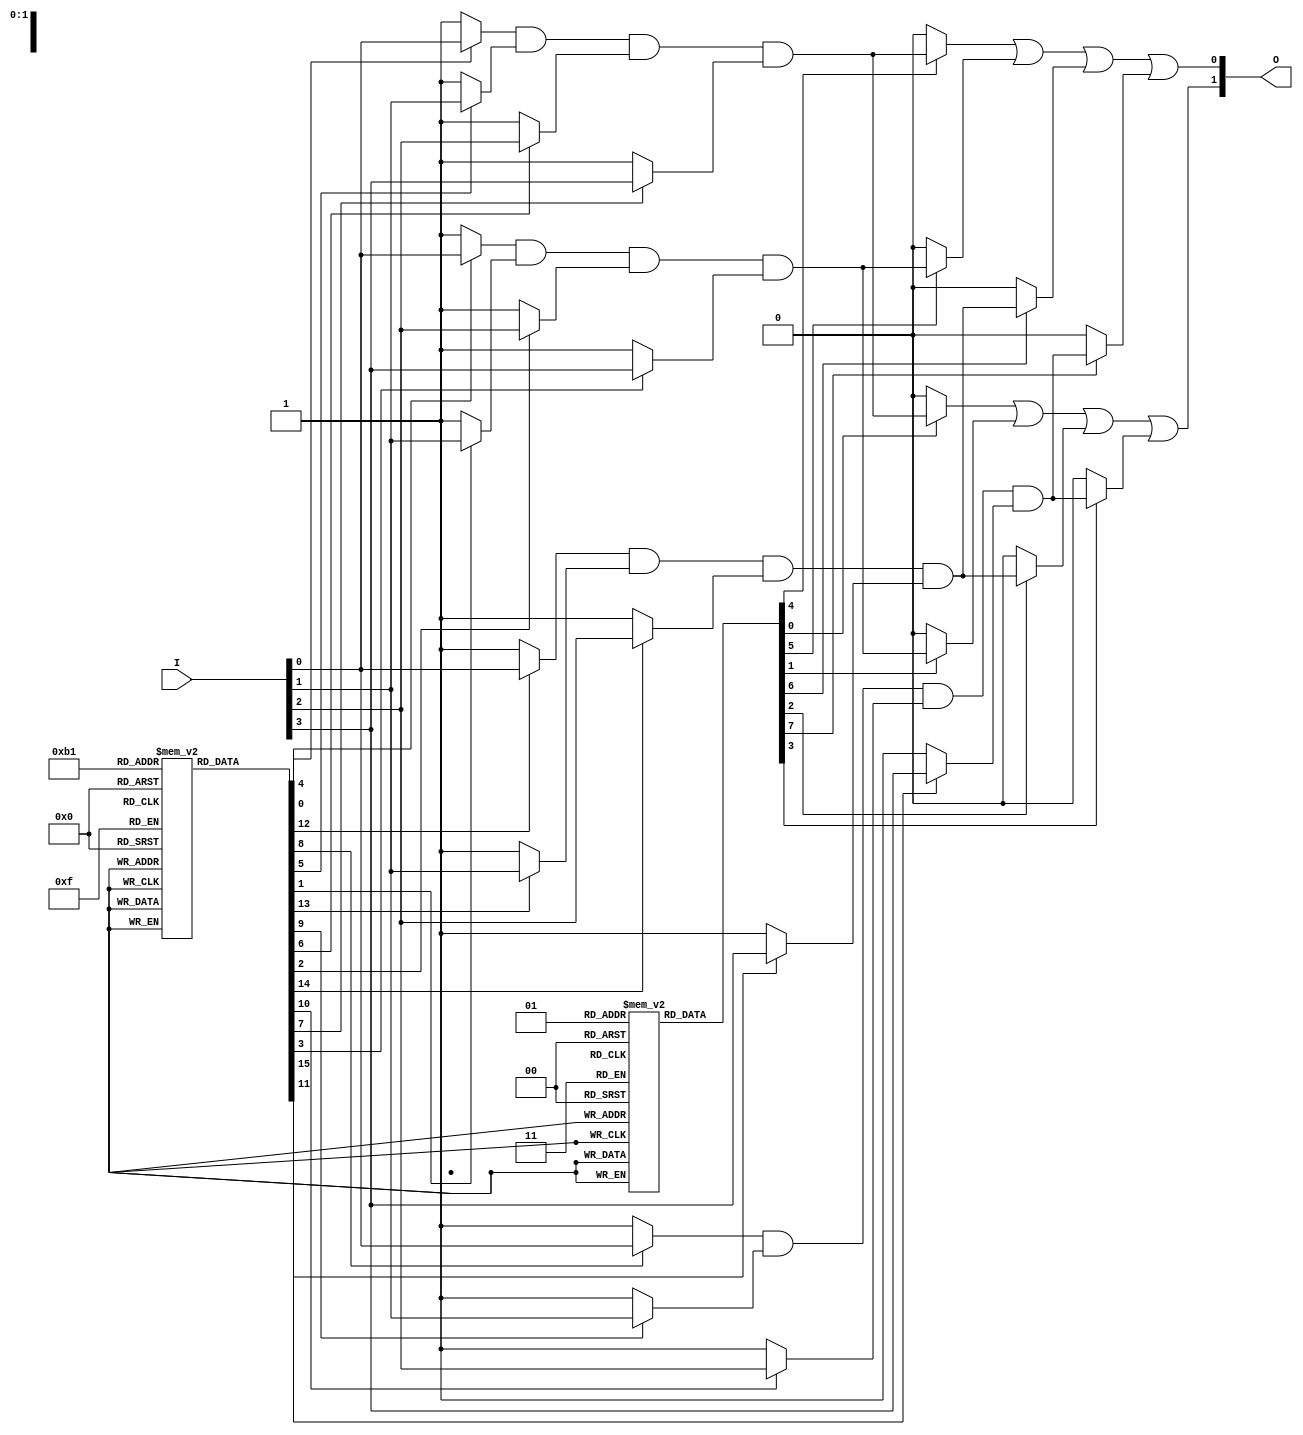
module PLA (
    input wire [N-1:0] I,  // Input lines (I1, I2, ..., In)
    output wire [M-1:0] O  // Output lines (O1, O2, ..., Om)
);
    // Parameters to define the number of inputs and outputs
    parameter N = 4;  // Number of inputs
    parameter M = 2;  // Number of outputs
    parameter K = 4;  // Number of product terms (AND gates)

    // Product Terms generated by the AND plane
    wire [K-1:0] P;  // Product terms (P1, P2, ..., Pk)

    // Fuse configuration for AND plane (1 = connected, 0 = blown)
    // Example fuse configuration for AND gates
    reg [N-1:0] and_fuse[K-1:0];

    // Implementing the AND Plane (Programmable AND gates)
    genvar i, j;
    generate
        for (i = 0; i < K; i = i + 1) begin : AND_GATES
            assign P[i] = (and_fuse[i][0] ? I[0] : 1'b1) & // I1
                           (and_fuse[i][1] ? I[1] : 1'b1) & // I2
                           (and_fuse[i][2] ? I[2] : 1'b1) & // I3
                           (and_fuse[i][3] ? I[3] : 1'b1);  // I4
        end
    endgenerate

    // Fuse configuration for OR plane
    // Define which product terms contribute to each output
    reg [K-1:0] or_fuse[M-1:0];

    // Implementing the OR Plane (Programmable OR gates)
    generate
        for (j = 0; j < M; j = j + 1) begin : OR_GATES
            assign O[j] = (or_fuse[j][0] ? P[0] : 1'b0) |
                           (or_fuse[j][1] ? P[1] : 1'b0) |
                           (or_fuse[j][2] ? P[2] : 1'b0) |
                           (or_fuse[j][3] ? P[3] : 1'b0);
        end
    endgenerate

    // Initializing the fuses (for simulation purposes)
    initial begin
        // Example configuration
        // Configure AND plane fuses (each entry represents connections for P[i])
        and_fuse[0] = 4'b1111; // P1 = I1 & I2 & I3 & I4
        and_fuse[1] = 4'b1110; // P2 = I1 & I2 & I3
        and_fuse[2] = 4'b1100; // P3 = I1 & I2
        and_fuse[3] = 4'b0001; // P4 = I4

        // Configure OR plane fuses (for outputs)
        or_fuse[0] = 4'b1101; // O1 = P1 + P2 + P4
        or_fuse[1] = 4'b0010; // O2 = P2
    end
endmodule